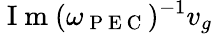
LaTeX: \mathrm{~I~m~}(\omega_{\mathrm{~P~E~C~}})^{-1}v_{g}